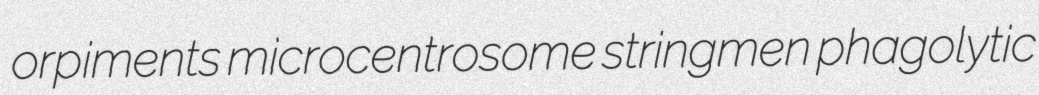
orpiments microcentrosome stringmen phagolytic